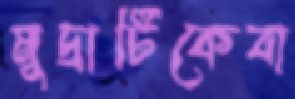
মুদ্রাটিকেবা